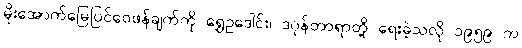
မိုးအောက်မြေပြင်ဝေဖန်ချက်ကို ရွှေဥဒေါင်း၊ ဒဂုန်တာရာတို့ ရေးခဲ့သလို ၁၉၅၉ က